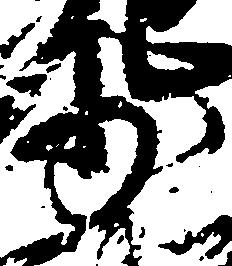
少